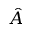
\hat { A }